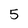
Character: 5